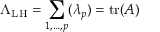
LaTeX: \Lambda _ { \mathrm { L H } } = \sum _ { 1 , \ldots , p } ( \lambda _ { p } ) = \operatorname { t r } ( A )